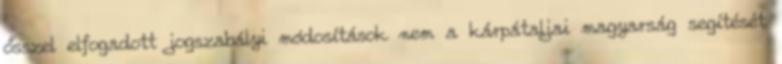
ősszel elfogadott jogszabályi módosítások nem a kárpátaljai magyarság segítését